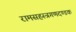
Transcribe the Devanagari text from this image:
रामसहस्त्रगणदण्डक